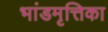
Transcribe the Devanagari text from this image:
भांडमृत्तिका